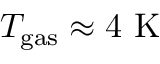
T _ { \mathrm { g a s } } \approx 4 ~ \mathrm { K }